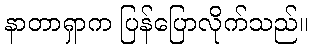
နာတာရှာက ပြန်ပြောလိုက်သည်။